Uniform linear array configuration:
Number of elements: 48
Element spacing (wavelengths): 0.25
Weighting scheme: cosine
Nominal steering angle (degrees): -60
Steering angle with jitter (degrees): -58.455
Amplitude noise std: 0.05
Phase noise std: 0.05

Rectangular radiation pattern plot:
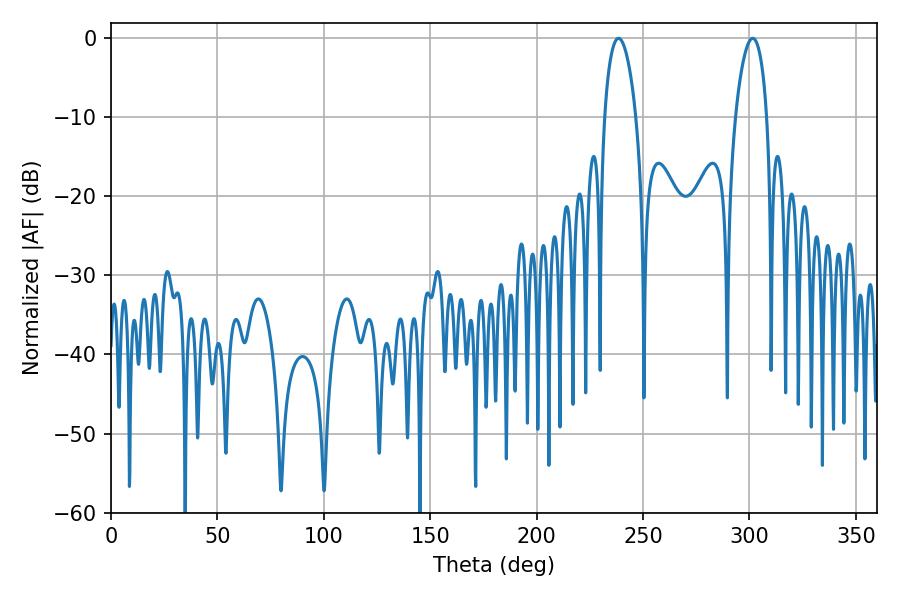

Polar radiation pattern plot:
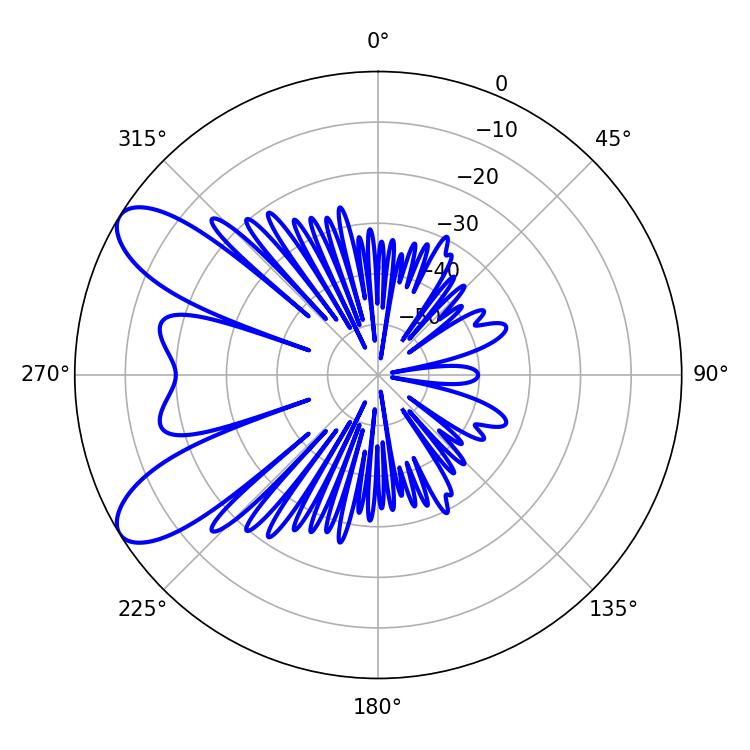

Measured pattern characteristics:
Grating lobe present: FALSE
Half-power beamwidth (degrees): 8.46
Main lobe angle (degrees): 238.5